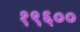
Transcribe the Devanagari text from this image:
१९६००